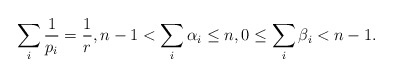
\begin{align*}\sum_{i}\frac{1}{p_i} = \frac{1}{r}, n-1 < \sum_{i}\alpha_i\leq n, 0 \leq \sum_{i}\beta_i < n-1.\end{align*}